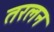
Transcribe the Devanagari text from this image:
तरलन